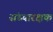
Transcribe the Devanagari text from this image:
संध्यारक्षक